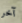
آخر